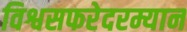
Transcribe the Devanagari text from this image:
विश्वसफरेदरम्यान